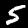
Label: 5